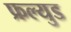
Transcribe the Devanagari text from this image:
फ्रल्युड